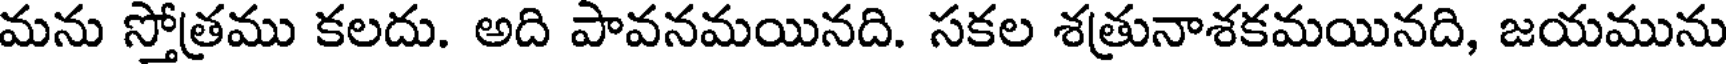
మను స్తోత్రము కలదు. అది పావనమయినది. సకల శత్రునాశకమయినది, జయమును